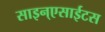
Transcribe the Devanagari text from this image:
साइन्एसाईटस